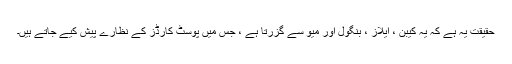
حقیقت یہ ہے کہ یہ کیبن ، ایلاز ، بنگول اور میو سے گزرتا ہے ، جس میں پوسٹ کارڈز کے نظارے پیش کیے جاتے ہیں۔